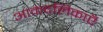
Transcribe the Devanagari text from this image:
आकंदलिकाएँ